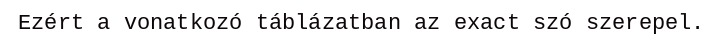
Ezért a vonatkozó táblázatban az exact szó szerepel.